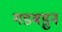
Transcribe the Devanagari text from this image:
गडबडुन